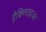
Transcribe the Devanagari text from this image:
ट्रैक्विलाइजर